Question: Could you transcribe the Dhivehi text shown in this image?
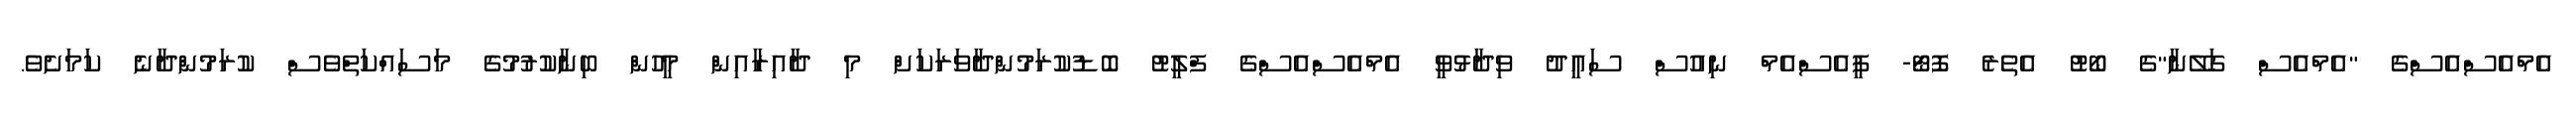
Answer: އެމްއެސްއެސްގެ "އެމްއެސް ގަލޭނާ"ގެ ބޯޓު އެތެރެ ފޮޓޯ- ޕީއެސްއެމް ނިއުސް ސައީދު ވިދާޅުވީ އެމްއެސްއެސްގެ ފްލީޓު ބޮޑުކުރަމުންދާވަރަކަށް މި ދާއިރާއިން މީހުން ބިނާކުރުމުގެ މަސައްކަތްވެސް ކުރަމުންދާނެ ކަމަށެވެ.